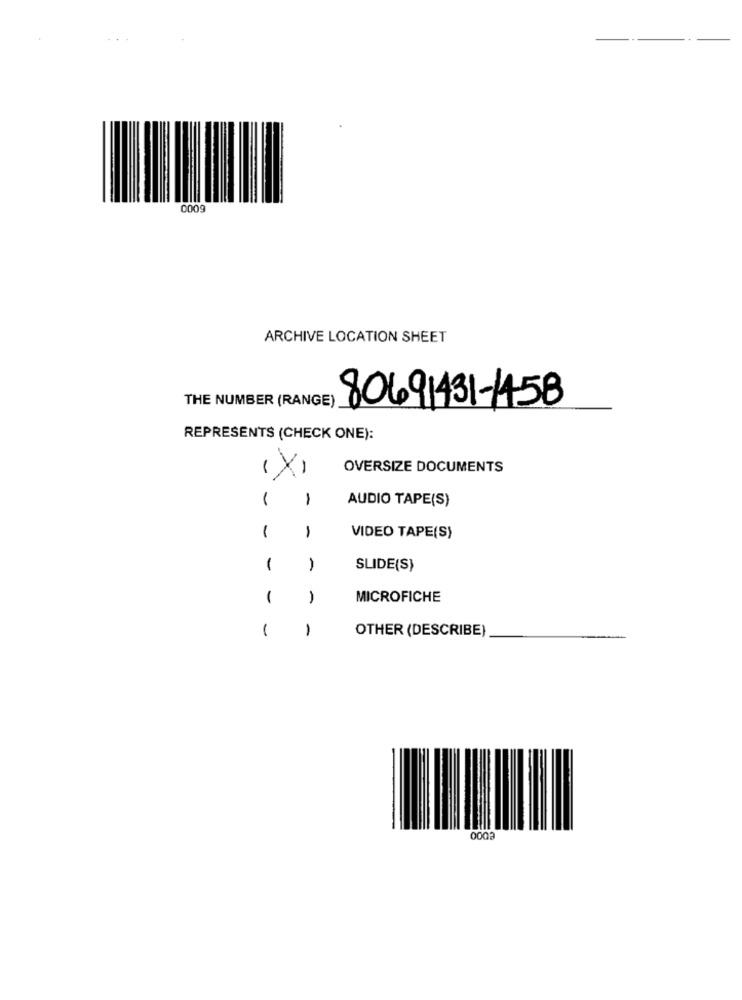
0009
ARCHIVE LOCATION SHEET
THE NUMBER (RANGE)
80691431-1458
REPRESENTS (CHECK ONE):
OVERSIZE DOCUMENTS
1
AUDIO TAPE(S)
1
-
VIDEO TAPE(S)
1
-
SLIDE(S)
1
-
MICROFICHE
1
1
OTHER (DESCRIBE)